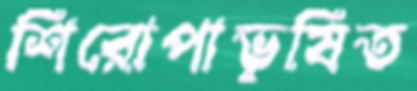
শিরোপাভূষিত